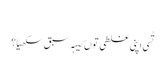
‏
تُسی اپنی غلطی توں کیہہ سبق سکھیا؟